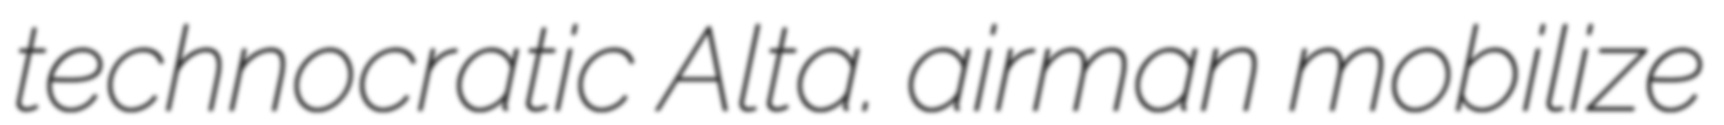
technocratic Alta. airman mobilize